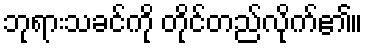
ဘုရားသခင်ကို တိုင်တည်လိုက်၏။